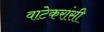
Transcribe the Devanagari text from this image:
वाटेकरांसी